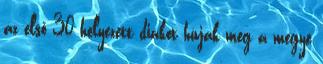
az első 30 helyezett diákot hívják meg a megye